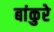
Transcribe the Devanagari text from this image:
बांकुरे